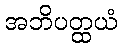
အဘိပတ္ထယံ